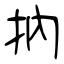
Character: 抐